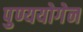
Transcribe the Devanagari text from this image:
पुण्ययोगेन